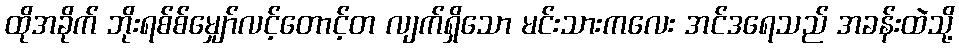
ထိုအခိုက် ဘိုးရစ်စ်မျှော်လင့်တောင့်တ လျက်ရှိသော မင်းသားကလေး အင်ဒရေသည် အခန်းထဲသို့